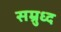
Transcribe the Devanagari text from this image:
सम्रुध्द